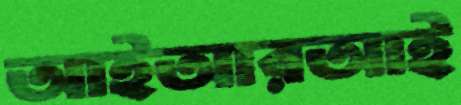
আইআরআই